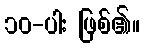
၁၀-ပါး ဖြစ်၏။